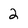
Character: 2